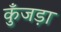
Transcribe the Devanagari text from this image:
कुँजड़ा